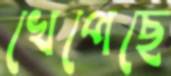
খেপেছে